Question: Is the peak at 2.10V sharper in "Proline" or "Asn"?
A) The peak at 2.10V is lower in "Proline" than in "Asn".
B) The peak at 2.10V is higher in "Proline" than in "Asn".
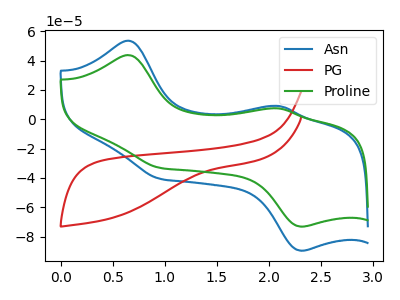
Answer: <think>The blue curve "Asn" has anodic peaks at (0.65V, 53.45uA) (2.10V, 9.00uA) and cathodic peaks at (0.95V, -40.65uA) (2.30V, -89.65uA). The red curve "PG" has no peaks. The green curve "Proline" has anodic peaks at (0.65V, 43.65uA) (2.10V, 7.35uA) and cathodic peaks at (0.95V, -33.20uA) (2.30V, -73.20uA).</think>
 <answer>A) The peak at 2.10V is lower in "Proline" than in "Asn".</answer>
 <eval>A</eval>